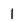
Character: 1